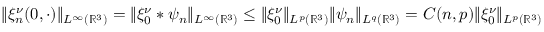
\begin{array} { r } { \| \xi _ { n } ^ { \nu } ( 0 , \cdot ) \| _ { L ^ { \infty } ( \mathbb { R } ^ { 3 } ) } = \| \xi _ { 0 } ^ { \nu } \ast \psi _ { n } \| _ { L ^ { \infty } ( \mathbb { R } ^ { 3 } ) } \leq \| \xi _ { 0 } ^ { \nu } \| _ { L ^ { p } ( \mathbb { R } ^ { 3 } ) } \| \psi _ { n } \| _ { L ^ { q } ( \mathbb { R } ^ { 3 } ) } = C ( n , p ) \| \xi _ { 0 } ^ { \nu } \| _ { L ^ { p } ( \mathbb { R } ^ { 3 } ) } } \end{array}